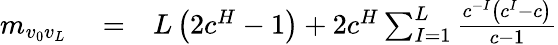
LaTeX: \begin{array}{rlr}{m_{v_{0}v_{L}}}&{{}=}&{L\left(2c^{H}-1\right)+2c^{H}\sum_{I=1}^{L}\frac{c^{-I}\left(c^{I}-c\right)}{c-1}}\end{array}